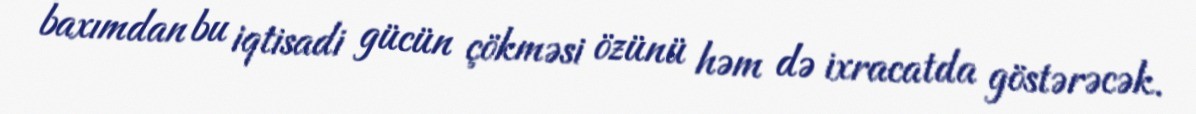
baxımdan bu iqtisadi gücün çökməsi özünü həm də ixracatda göstərəcək.